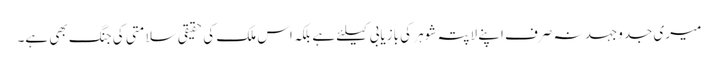
میری جدوجہد نہ صرف اپنے لاپتہ شوہر کی بازیابی کیلئے ہے بلکہ اس ملک کی حقیقی سلامتی کی جنگ بھی ہے۔